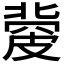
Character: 𥀅